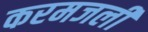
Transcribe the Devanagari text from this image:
करमजली